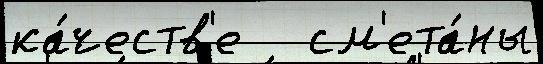
ка́честв'е   см'ета́ны